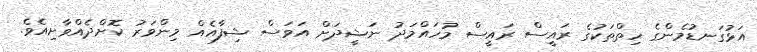
އަޅުގަނޑުމެންގެ ހިތްތަކުގެ ރައީސް ރައީސް މުހައްމަދު ނަޝީދަށް އަވަސް ޝިފާއެއް މިންވަރު ކޮށްދެއްވާށިއެވެ.